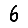
Digit: 6